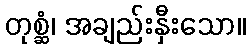
တုစ္ဆံ၊ အချည်းနှီးသော။